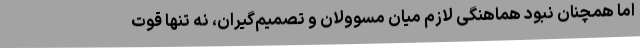
اما همچنان نبود هماهنگی لازم میان مسوولان و تصمیم‌گیران، نه تنها قوت